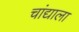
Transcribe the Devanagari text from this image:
चांद्याला